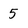
Character: 5